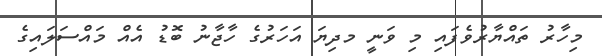
މިހާރު ތައްޔާރުވެފައި މި ވަނީ މދިިޔަ އަހަރުގެ ހާޖާނު ބޮޑު އެއް މައްސަލައިގެ